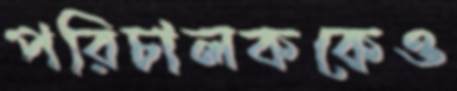
পরিচালককেও